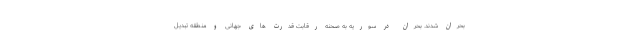
بحران شدند. بحران در سوریه به صحنه رقابت قدرت های جهانی و منطقه تبدیل